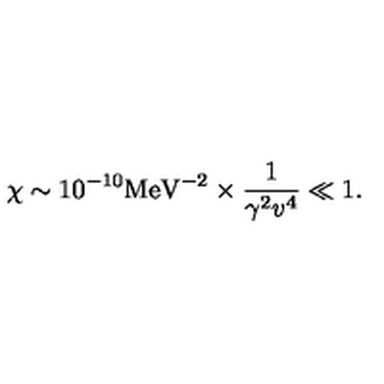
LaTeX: \chi \sim 1 0 ^ { - 1 0 } { \mathrm { M e V } } ^ { - 2 } \times { \frac { 1 } { \gamma ^ { 2 } v ^ { 4 } } } \ll 1 .